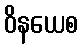
ဝိနယေစ